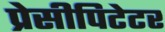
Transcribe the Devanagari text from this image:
प्रेसीपिटेटर